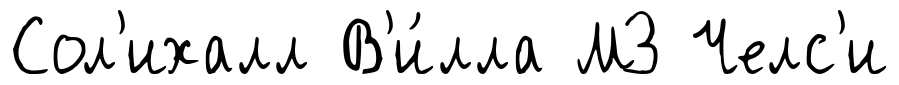
Сол'ихалл В'и́лла МЗ Челс'и